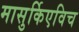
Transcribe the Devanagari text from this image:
मासुर्किएविच